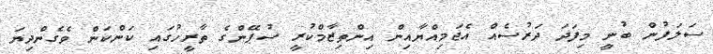
ސަލަފުން ބުނީ މިފަދަ ދަރުސެއް އެޖަމިއްޔާއިން އިންތިޒާމްކުރީ ސުޕޭންގެ ތާރީހުގައި ކަންކަން ވެގެންދިޔަ